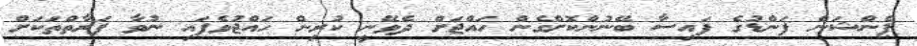
ޕެންޝަން ފަންޑުގެ ފައިސާ ބޭނުންކޮށްގެން ހައްޖަށް ދެވޭނީ ކުރިން ހައްޖުވެފައި ނުވާ ފަރާތްތަކަށް